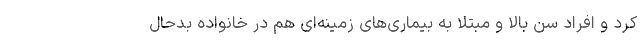
کرد و افراد سن بالا و مبتلا به بیماری‌های زمینه‌ای هم در خانواده بدحال